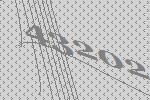
43202